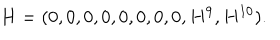
LaTeX: H = ( 0 , 0 , 0 , 0 , 0 , 0 , 0 , 0 , H ^ { 9 } , H ^ { 1 0 } ) .